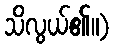
သိလွယ်၏။)